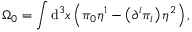
\Omega _ { 0 } = \int \mathrm { d } ^ { 3 } x \left( \pi _ { 0 } \eta ^ { 1 } - \left( \partial ^ { i } \pi _ { i } \right) \eta ^ { 2 } \right) ,